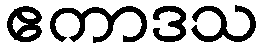
ဧကာဒသ